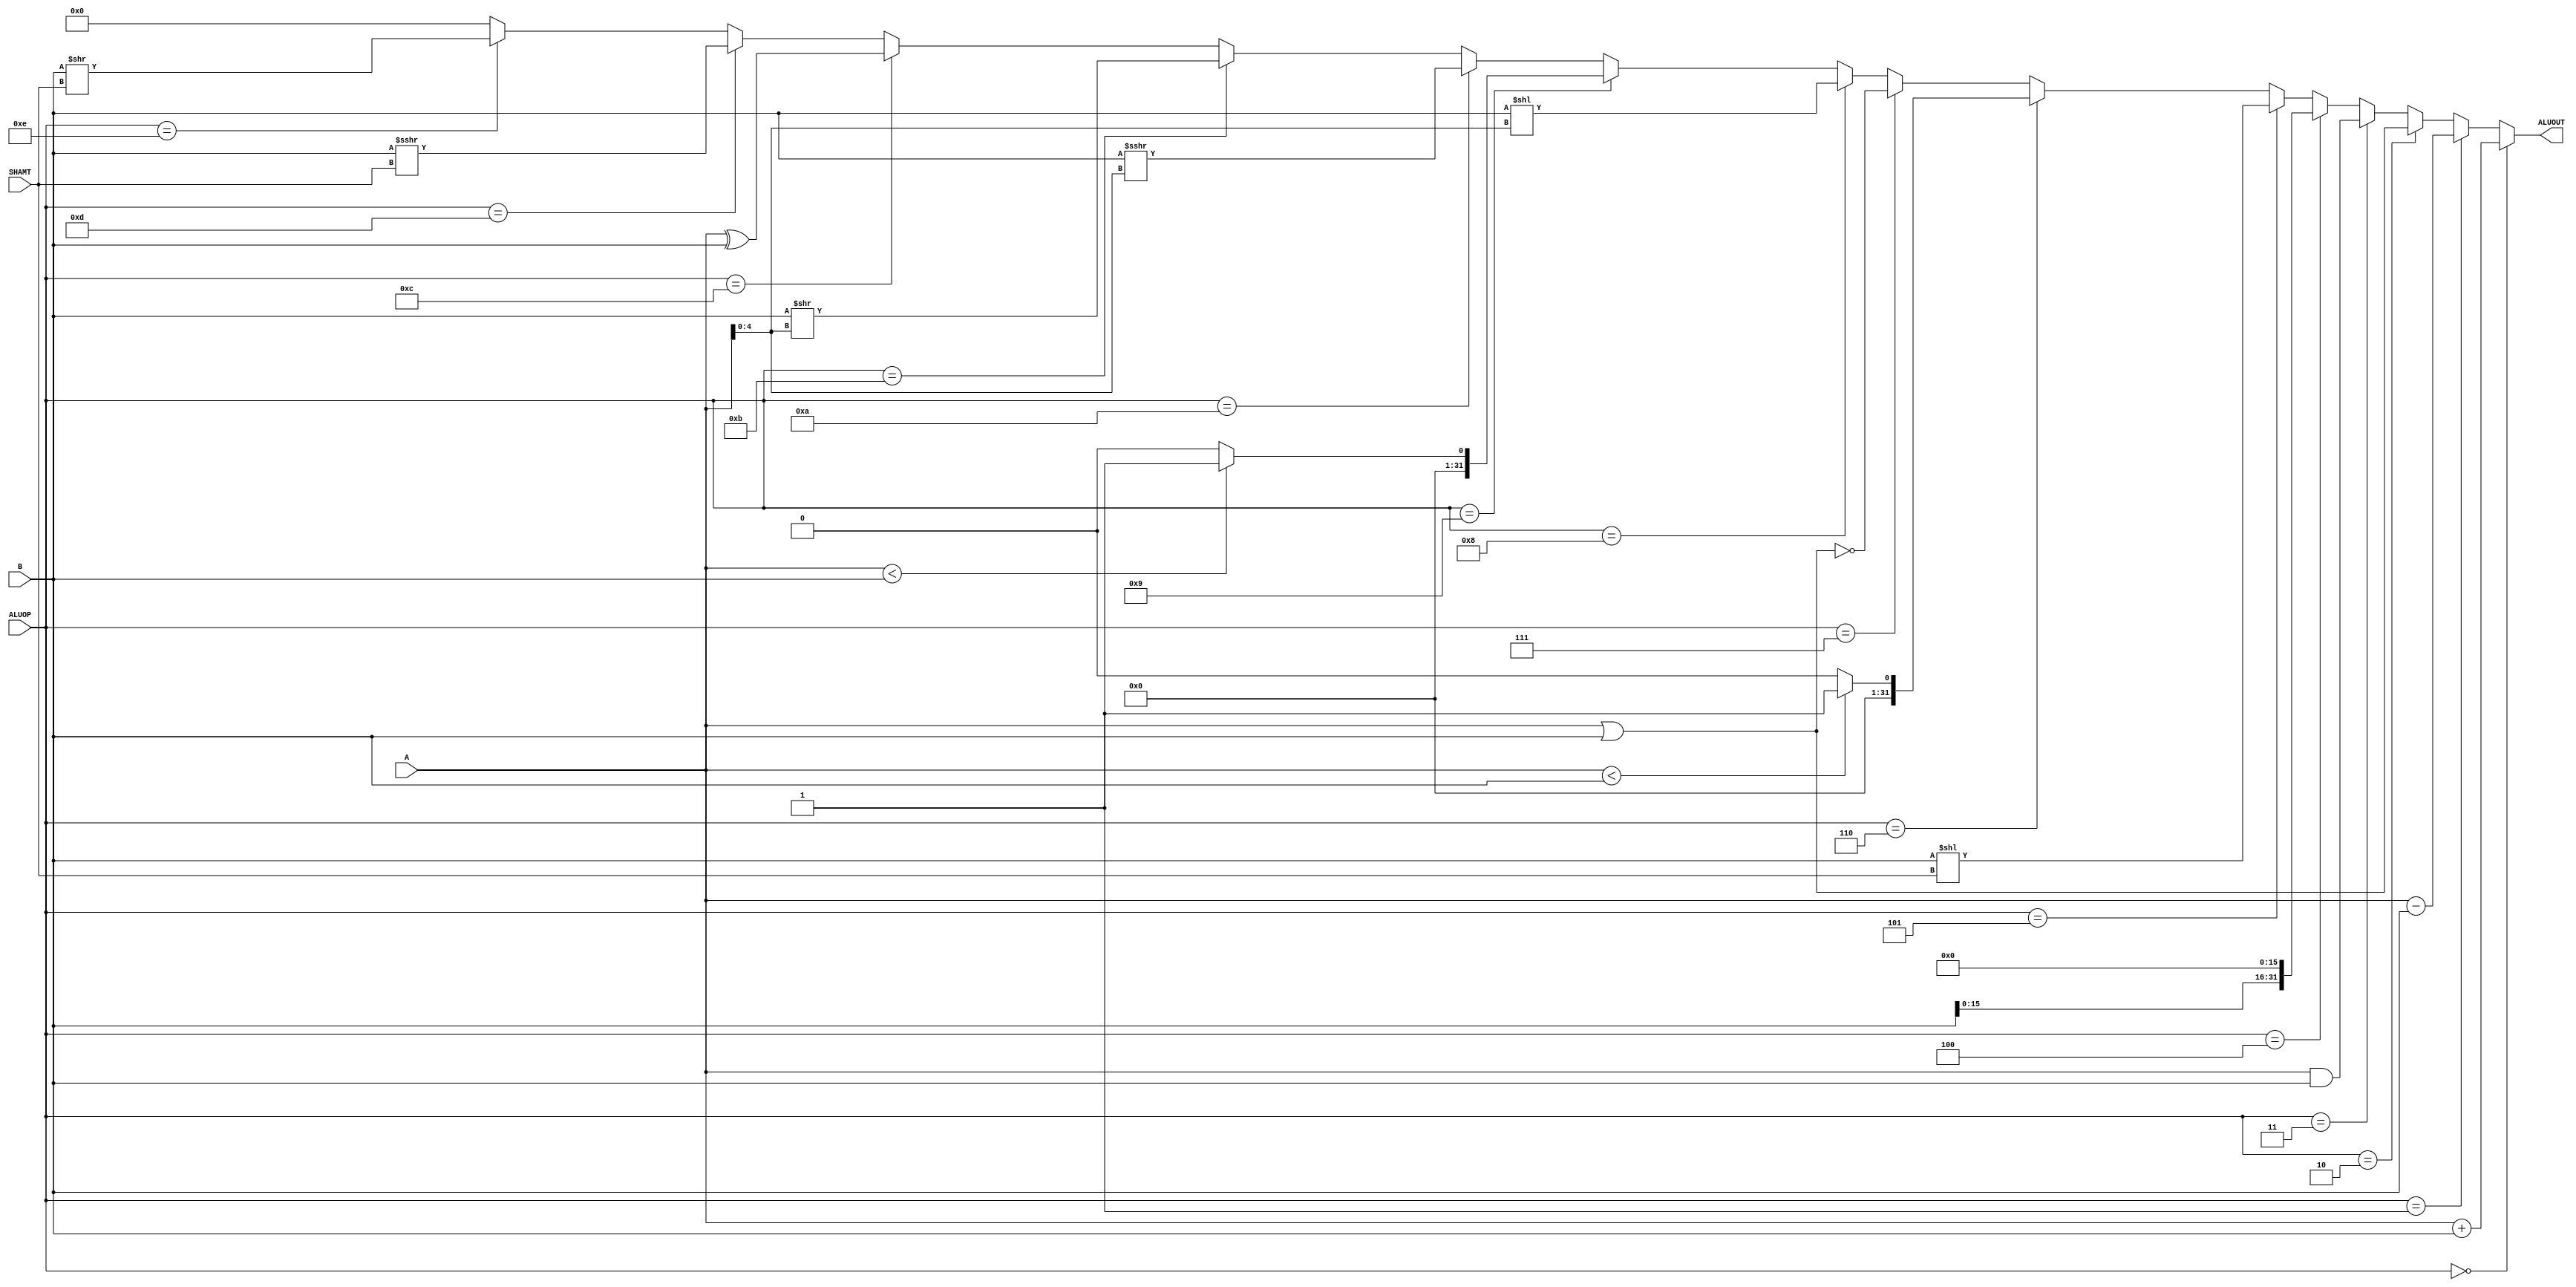
`timescale 1ns / 1ps

`define ADD 0
`define SUB 1
`define OR 2
`define AND 3
`define LUI 4
`define SLL 5
`define SLTI 6
`define NOR 7
`define SLLV 8
`define SLTU 9
`define SRAV 10
`define SRLV 11
`define XOR 12
`define SRA 13
`define SRL 14


module ALU(
    input [31:0] A,
    input [31:0] B,
    input [3:0] ALUOP,
	input [4:0] SHAMT,
    output reg [31:0] ALUOUT
    );
    // aluout
	always @(*) begin
        if (ALUOP==`ADD) begin
            ALUOUT = A+B;
        end
        else if (ALUOP==`SUB) begin
            ALUOUT = A - B;
        end
        else if (ALUOP==`OR) begin
            ALUOUT = A|B;
        end
        else if (ALUOP==`AND) begin
            ALUOUT = A&B;
        end
        else if (ALUOP==`LUI) begin
            ALUOUT = B<<16;
        end
		  else if (ALUOP==`SLL) begin
			   ALUOUT = B<<SHAMT;
		  end
        else if (ALUOP==`SLTI) begin
            ALUOUT = ($signed(A)<$signed(B))?32'd1:32'd0;
        end
        else if (ALUOP==`NOR) begin
            ALUOUT = ~(A|B);
        end
        else if (ALUOP==`SLLV) begin
            ALUOUT = B<<A[4:0];
        end
        else if (ALUOP==`SLTU) begin
            ALUOUT = (A<B)?32'd1:32'd0;
        end
        else if (ALUOP==`SRAV) begin
            ALUOUT = $signed($signed(B)>>>$signed(A[4:0]));
        end
        else if (ALUOP==`SRLV) begin
            ALUOUT = B>>A[4:0];
        end
        else if (ALUOP==`XOR) begin
            ALUOUT = A^B;
        end
        else if (ALUOP==`SRA) begin
            ALUOUT = $signed($signed(B)>>>$signed(SHAMT));
        end
        else if (ALUOP==`SRL) begin
            ALUOUT = B>>SHAMT;
        end
        else begin
            ALUOUT = 0;
        end
    end

endmodule